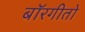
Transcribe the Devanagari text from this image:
बॉरगीतो